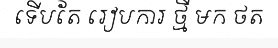
ទើបតែ រៀបការ ថ្មី មក ថត